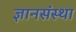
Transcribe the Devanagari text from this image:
ज्ञानसंस्था